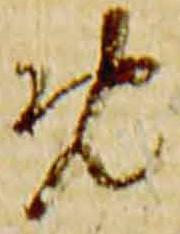
免